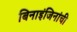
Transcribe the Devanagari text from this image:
बिनाइंजिनांची